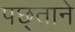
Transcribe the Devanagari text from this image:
पछ्ताने